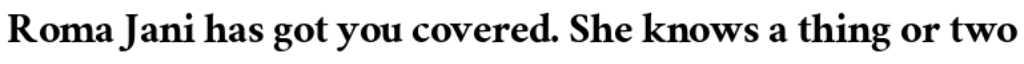
Roma Jani has got you covered. She knows a thing or two